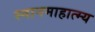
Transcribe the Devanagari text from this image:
स्नानमाहात्म्य